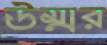
উম্মর